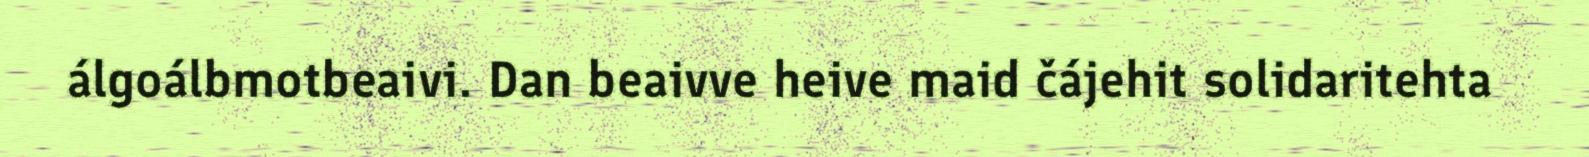
álgoálbmotbeaivi. Dan beaivve heive maid čájehit solidaritehta